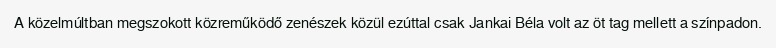
A közelmúltban megszokott közreműködő zenészek közül ezúttal csak Jankai Béla volt az öt tag mellett a színpadon.